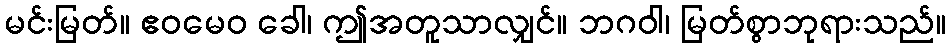
မင်းမြတ်။ ဧဝမေဝ ခေါ၊ ဤအတူသာလျှင်။ ဘဂဝါ၊ မြတ်စွာဘုရားသည်။